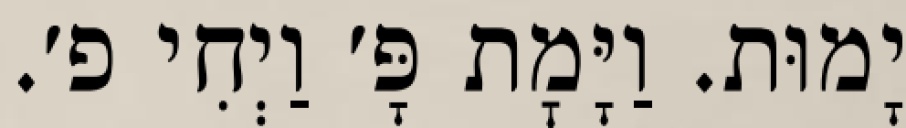
יָמוּת. וַיָּמׇת פָּ׳ וַיְחִי פ׳.